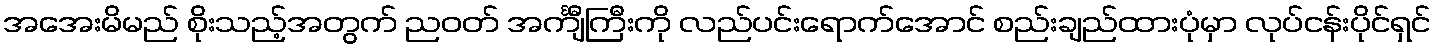
အအေးမိမည် စိုးသည့်အတွက် ညဝတ် အင်္ကျီကြီးကို လည်ပင်းရောက်အောင် စည်းချည်ထားပုံမှာ လုပ်ငန်းပိုင်ရှင်